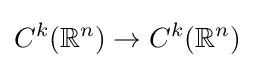
C^{k}(\mathbb {R} ^{n})\to C^{k}(\mathbb {R} ^{n})